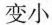
变小